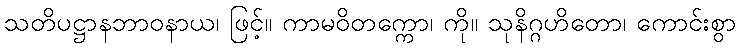
သတိပဋ္ဌာနဘာဝနာယ၊ ဖြင့်။ ကာမဝိတက္ကော၊ ကို။ သုနိဂ္ဂဟိတော၊ ကောင်းစွာ